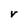
Character: V